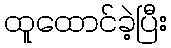
ထူထောင်ခဲ့ပြီး